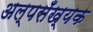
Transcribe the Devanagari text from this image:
अल्पसँख्यक